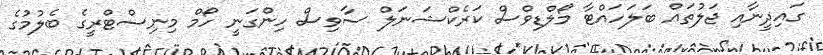
ގައިދީނާއި ޖަލުތައް ބަލަހައްޓާ މޯލްޑިވްސް ކަރެކްޝަނަލް ސާވިސް ހިންގަނީ ހޯމް މިނިސްޓްރީގެ ބެލުމުގެ